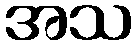
အသ